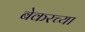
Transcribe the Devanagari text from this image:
बेकरच्या